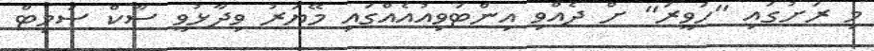
މި ރަށުގައި "ހަވީރަ" ށް ދެއްވި އިންޓަވިއުއެއްގައި މޭޔަރު ވިދާޅުވީ ސާކް ސަމިޓް